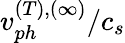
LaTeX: v_{ph}^{(T),(\infty)}/c_{s}